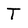
Character: T